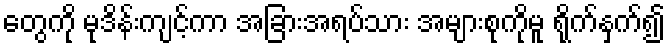
တွေကို မုဒိန်းကျင့်ကာ အခြားအရပ်သား အများစုကိုမူ ရိုက်နှက်၍